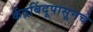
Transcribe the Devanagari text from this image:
केंद्रबिंदूपासूनचे